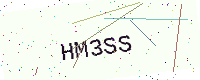
Text: HM3SS